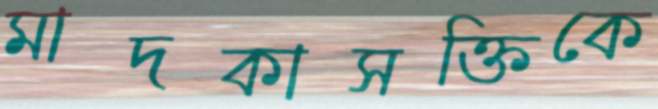
মাদকাসক্তিকে